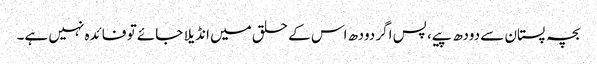
بچہ پستان سے دودھ پیے، پس اگر دودھ اس کے حلق میں انڈیلا جائے تو فائدہ نہیں ہے۔